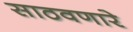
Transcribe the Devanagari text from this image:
साठवणारे